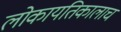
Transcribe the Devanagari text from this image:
लोकायतिकालाच